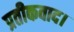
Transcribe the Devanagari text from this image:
प्रतीकवाद।